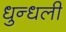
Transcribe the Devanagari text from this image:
धुन्धली